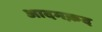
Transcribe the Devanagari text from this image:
आदमक़द